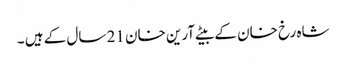
شاہ رخ خان کے بیٹے آرین خان 21 سال کے ہیں ۔